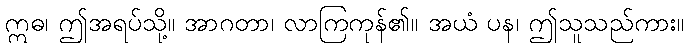
ဣဓ၊ ဤအရပ်သို့။ အာဂတာ၊ လာကြကုန်၏။ အယံ ပန၊ ဤသူသည်ကား။